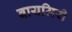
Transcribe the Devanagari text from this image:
वायमिरी